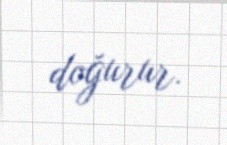
doğurur.